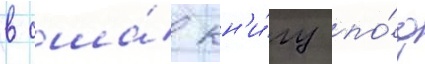
в сша́ кн'и́гу по́д